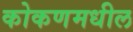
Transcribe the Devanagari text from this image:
कोकणमधील